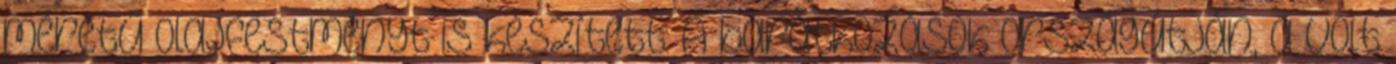
méretű olajfestményt is készített: A barátkozások országútján, a volt